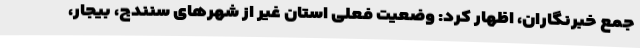
جمع خبرنگاران، اظهار کرد: وضعیت فعلی استان غیر از شهرهای سنندج، بیجار،